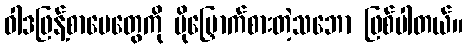
ဝါဒဖြန့်စာပေတွေကို ပိုမြှောက်စားတဲ့သဘော ဖြစ်ပါတယ်။